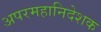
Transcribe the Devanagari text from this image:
अपरमहानिदेशक